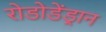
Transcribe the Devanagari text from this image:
रोडोडेंड्रान